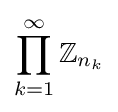
\prod _{k=1}^{\infty }\mathbb {Z} _{n_{k}}